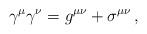
LaTeX: \begin{align*}\gamma ^{\mu }\gamma ^{\nu }=g^{\mu \nu }+\sigma ^{\mu \nu }\,,\end{align*}